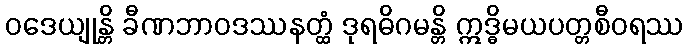
ဝဒေယျုန္တိ ခီဏဘာဝဒဿနတ္ထံ ဒုရဓိဂမန္တိ ဣဒ္ဓိမယပတ္တစီဝရဿ